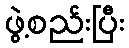
ဖွဲ့စည်းပြီး